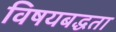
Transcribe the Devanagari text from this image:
विषयबद्धता